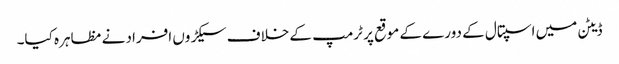
ڈیٹن میں اسپتال کے دورے کے موقع پر ٹرمپ کے خلاف سیکڑوں افراد نے مظاہرہ کیا۔